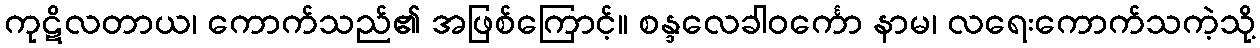
ကုဋိလတာယ၊ ကောက်သည်၏ အဖြစ်ကြောင့်။ စန္ဒလေခါဝင်္ကော နာမ၊ လရေးကောက်သကဲ့သို့